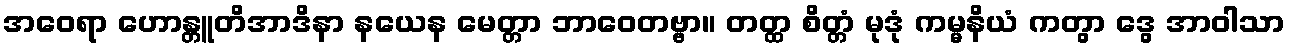
အဝေရာ ဟောန္တူတိအာဒိနာ နယေန မေတ္တာ ဘာဝေတဗ္ဗာ။ တတ္ထ စိတ္တံ မုဒုံ ကမ္မနိယံ ကတွာ ဒွေ အာဝါသာ